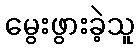
မွေးဖွားခဲ့သူ